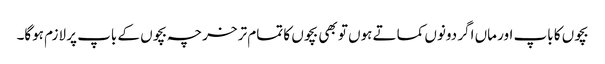
بچوں کا باپ اور ماں اگر دونوں کماتے ہوں تو بھی بچوں کا تمام تر خرچہ بچوں کے باپ پر لازم ہوگا۔